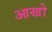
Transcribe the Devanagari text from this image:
आखो